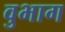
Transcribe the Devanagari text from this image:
वुभाग